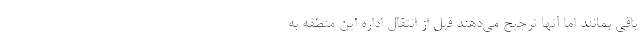
باقی بمانند اما آنها ترجیح می‌دهند قبل از انتقال اداره این منطقه به